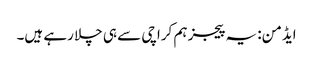
ایڈمن: یہ پیجز ہم کراچی سے ہی چلا رہے ہیں۔